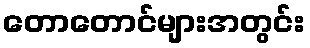
တောတောင်များအတွင်း